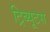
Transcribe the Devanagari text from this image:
ट्रिब्यूटस